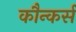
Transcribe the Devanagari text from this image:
कौन्कर्स